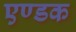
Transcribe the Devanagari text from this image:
एण्डक